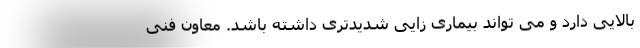
بالایی دارد و می تواند بیماری زایی شدیدتری داشته باشد. معاون فنی